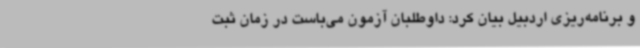
و برنامه‌ریزی اردبیل بیان کرد: داوطلبان آزمون می‌باست در زمان ثبت